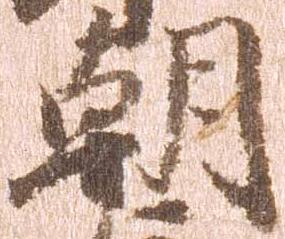
朝